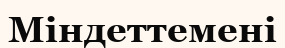
Міндеттемені